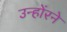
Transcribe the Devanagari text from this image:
उन्होंरने